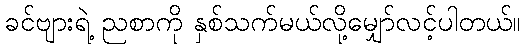
ခင်ဗျားရဲ့ ညစာကို နှစ်သက်မယ်လို့မျှော်လင့်ပါတယ်။